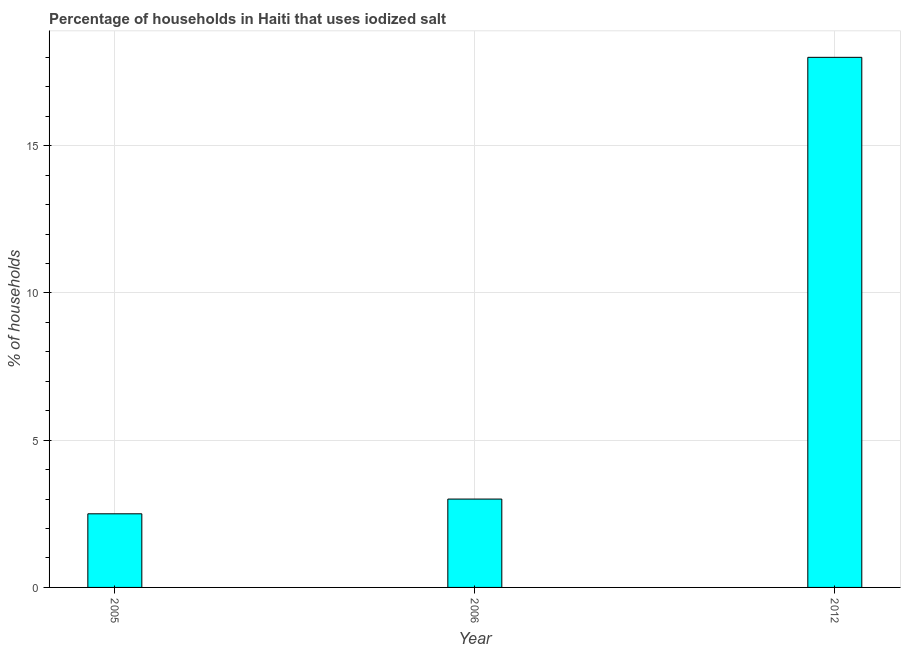
| Year | Consumption of iodized salt |
 | --- | --- |
 | 2005 | 2.5 |
 | 2006 | 3 |
 | 2012 | 18 |